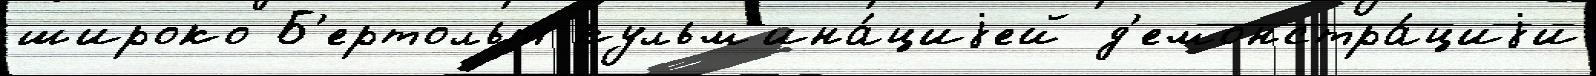
широко Б'ертольт кульм'ина́циjей д'емонстра́циjи